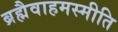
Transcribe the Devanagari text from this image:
ब्रह्मैवाहमस्मीति